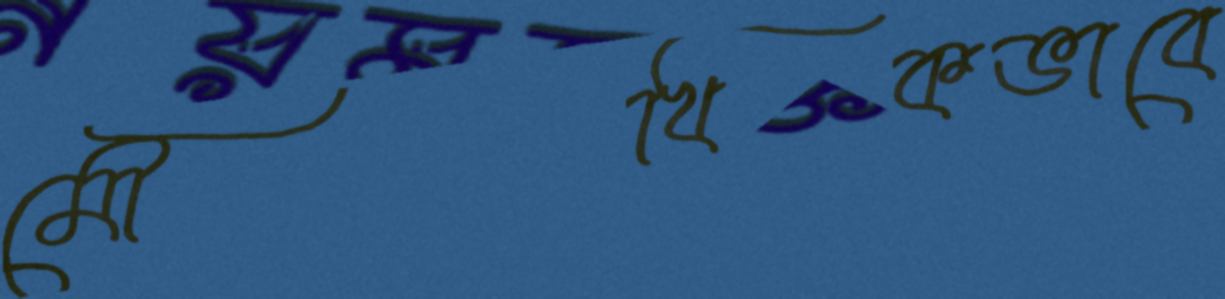
মৌখিকভাবে